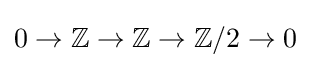
0\to \mathbb {Z} \to \mathbb {Z} \to \mathbb {Z} /2\to 0